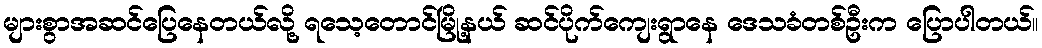
များစွာအဆင်ပြေနေတယ်လို့ ရသေ့တောင်မြို့နယ် ဆင်ပိုက်ကျေးရွာနေ ဒေသခံတစ်ဦးက ပြောပါတယ်။